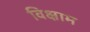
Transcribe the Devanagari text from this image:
विक्षाम